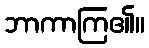
ဘာကာကြ၏။